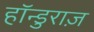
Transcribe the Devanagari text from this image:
हॉन्डुराज़